Lunatic asylums Punjab 1895-1910 - 1895-1910
Year: 1895
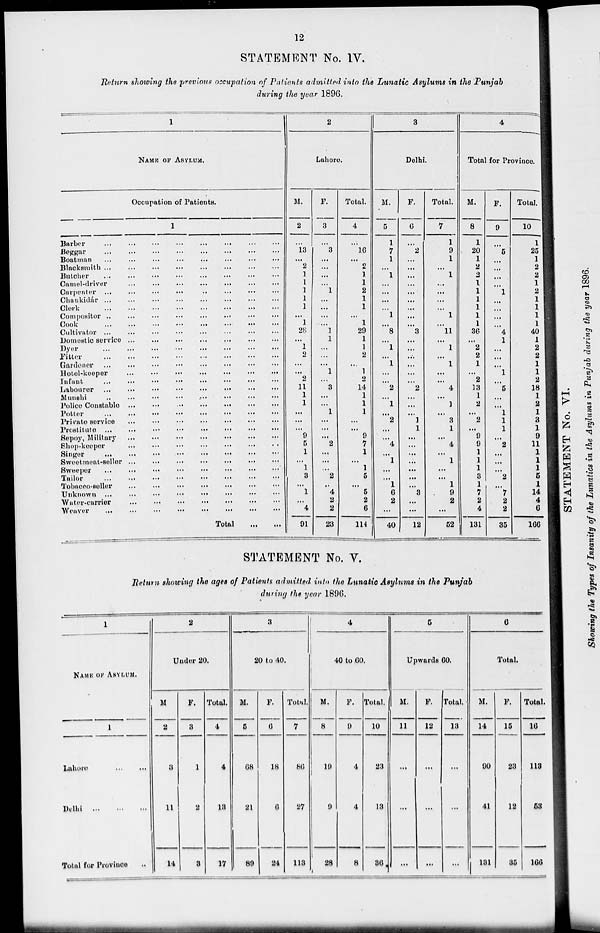
12
STATEMENT No. IV.
Return showing the previous occupation of Patients admitted into the Lunatic Asylums in the Punjab
during the year 1896.
1
NAME OF ASYLUM.
Occupation of Patients.
1
Barber
...
...
...
...
...
...
...
...
Beggar
...
...
...
...
...
...
...
...
Boatman
...
...
...
...
...
...
...
...
Blacksmith
...
...
...
...
...
...
...
...
Butcher
...
...
...
...
...
...
...
...
Camel-driver
...
...
...
...
...
...
...
...
Carpenter
...
...
...
...
...
...
...
...
Chaukidár
...
...
...
...
...
...
...
...
Clerk
...
...
...
...
...
...
...
...
Compositor
...
...
...
...
...
...
...
...
Cook
...
...
...
...
...
...
...
...
Cultivator
...
...
...
...
...
...
...
...
Domestic service
...
...
...
...
...
...
...
...
Dyer
...
...
...
...
...
...
...
...
Fitter
...
...
...
...
...
...
...
...
Gardener
...
...
...
...
...
...
...
...
Hotel-keeper
...
...
...
...
...
...
...
...
Infant
...
...
...
...
...
...
...
...
Labourer
...
...
...
...
...
...
...
...
Munshi
...
...
...
...
...
...
...
...
Police Constable
...
...
...
...
...
...
...
...
Potter
...
...
...
...
...
...
...
...
Private service
...
...
...
...
...
...
...
...
Prostitute
...
...
...
...
...
...
...
...
Sepoy, Military
...
...
...
...
...
...
...
...
Shop-keeper
...
...
...
...
...
...
...
...
Singer
...
...
...
...
...
...
...
...
Sweetmeat-seller
...
...
...
...
...
...
...
...
Sweeper
...
...
...
...
...
...
...
...
Tailor
...
...
...
...
...
...
...
...
Tobacco-seller
...
...
...
...
...
...
...
...
Unknown
...
...
...
...
...
...
...
...
Water-carrier
...
...
...
...
...
...
...
...
Weaver
...
...
...
...
...
...
...
...
Total
...
...
2
Lahore.
M.
2
...
13
...
2
1
1
1
1
1
...
1
28
...
1
2
...
...
2
11
1
1
...
...
...
9
5
1
...
1
3
...
1
...
4
91
F.
3
...
3
...
...
...
...
1
...
...
...
...
1
1
...
...
...
1
...
3
...
...
1
...
...
...
2
...
...
...
2
...
4
2
2
23
Total.
4
...
16
...
2
1
1
2
1
1
...
1
29
1
1
2
...
1
2
14
1
1
1
...
...
9
7
1
...
1
5
...
5
2
6
114
3
Delhi.
M.
5
1
7
1
...
1
...
...
...
...
1
...
8
...
1
...
1
...
...
2
...
1
...
2
...
...
4
...
1
...
...
1
6
2
...
40
F.
6
...
2
...
...
...
...
...
...
...
...
...
3
...
...
...
...
...
...
2
...
...
...
1
1
...
...
...
...
...
...
...
3
...
...
12
Total.
7
1
9
1
...
1
...
...
...
...
1
...
11
...
1
...
1
...
...
4
...
1
...
3
1
...
4
...
1
...
...
1
9
2
...
52
4
Total for Province.
M.
8
1
20
1
2
2
1
1
1
1
1
1
36
...
2
2
1
...
2
13
1
2
...
2
...
9
9
1
1
1
3
1
7
2
4
131
F.
9
...
5
...
...
...
...
1
...
...
...
...
4
1
...
...
...
1
...
5
....
...
1
1
1
...
2
...
...
...
2
...
7
2
2
35
Total.
10
1
25
1
2
2
1
2
1
1
1
1
40
1
2
2
1
1
2
18
1
2
1
3
1
9
11
1
1
1
5
1
14
4
6
166
STATEMENT No. V.
Return showing the ages of Patients admitted into the Lunatic Asylums in the Punjab
during the year 1896.
1
NAME OF ASYLUM.
1
Lahore
...
...
Delhi
...
...
...
Total for Province ...
2
Under 20.
M
2
3
11
14
F.
3
1
2
3
Total.
4
4
13
17
3
20 to 40.
M.
5
68
21
89
F.
6
18
6
24
Total.
7
86
27
113
4
40 to 60.
M.
8
19
9
28
F.
9
4
4
8
Total.
10
23
13
36
5
Upwards 60.
M.
11
...
...
...
F.
12
...
...
...
Total.
13
...
...
...
6
Total.
M.
14
90
41
131
F.
15
23
12
35
Total.
16
113
53
166